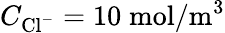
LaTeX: C_{{\mathrm{Cl}}^{-}}=10\; \mathrm{mol}/\mathrm{m}^{3}